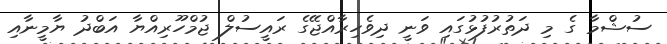
ސުޝްމާ ގެ މި ދަތުރުފުޅުގައި ވަނީ ދިވެހިރާއްޖޭގެ ރައީސުލް ޖުމްހޫރިއްޔާ އަބްދު ޔާމީނާއި